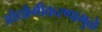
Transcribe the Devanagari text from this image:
औद्यौगीकरणामुळे